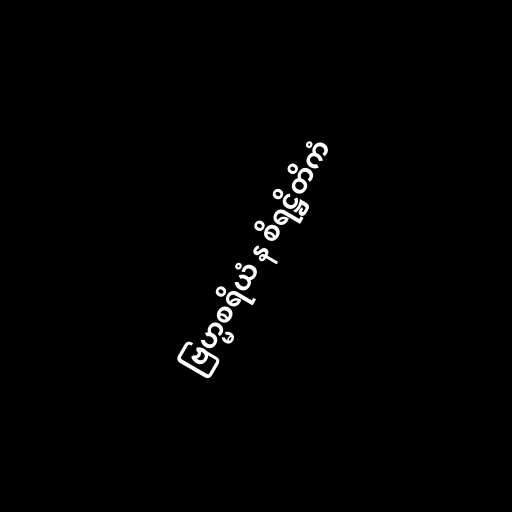
ဗြဟ္မစရိယံ န စိရဋ္ဌိတိကံ